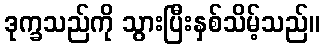
ဒုက္ခသည်ကို သွားပြီးနှစ်သိမ့်သည်။